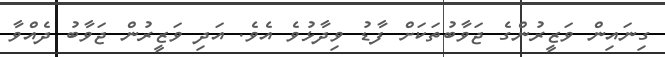
ގިނައިން ވަޒީރުންގެ ޖަވާބުތަކަށް ފާޑު ވިދާޅުވެ އެވެ. އަދި ވަޒީރުން ޖަވާބު ދެއްވާ